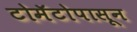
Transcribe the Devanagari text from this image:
टोमॅटोपासून